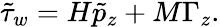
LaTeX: \tilde{\tau}_{w}=H\tilde{p}_{z}+M\Gamma_{z}.